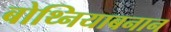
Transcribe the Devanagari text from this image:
बोथ्नियाबनान